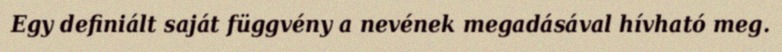
Egy definiált saját függvény a nevének megadásával hívható meg.